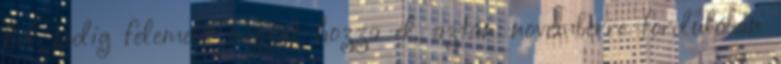
hol pedig felemelõ napjait hozza el, aztán novemberre fordulóban